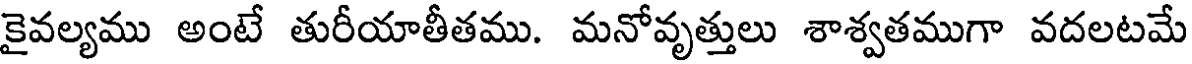
కైవల్యము అంటే తురీయాతీతము. మనోవృత్తులు శాశ్వతముగా వదలటమే